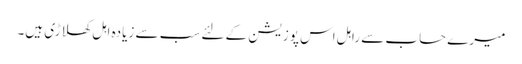
میرے حساب سے راہل اس پوزیشن کے لئے سب سے زیادہ اہل کھلاڑی ہیں۔